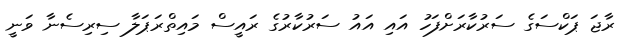
ރާޖަ ޕަކްސަގެ ސަރުކާރަށްފަހު އައި އައު ސަރުކާރުގެ ރައީސް މައިތްރަޕަލާ ސިރިސެނާ ވަނީ